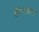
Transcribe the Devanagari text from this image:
हॅमरफेल